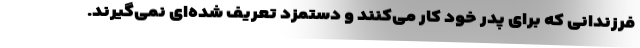
فرزندانی که برای پدر خود کار می‌کنند و دستمزد تعریف شده‌ای نمی‌گیرند.